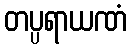
တပ္ပရာယဏံ